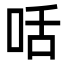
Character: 咶